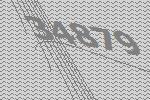
34879